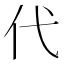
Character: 代